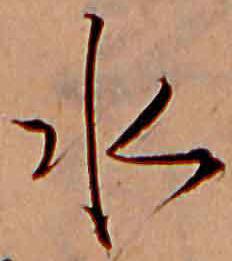
水